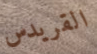
القريدس